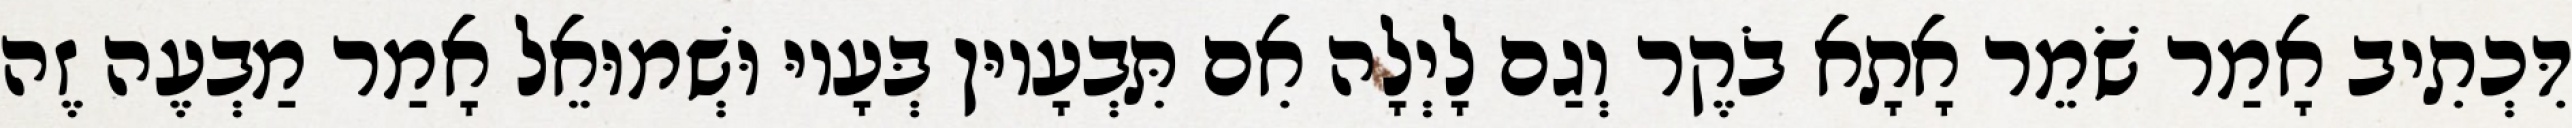
דִּכְתִיב אָמַר שֹׁמֵר אָתָא בֹקֶר וְגַם לָיְלָה אִם תִּבְעָיוּן בְּעָיוּ וּשְׁמוּאֵל אָמַר מַבְעֶה זֶה